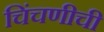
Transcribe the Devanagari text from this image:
चिंचणीची